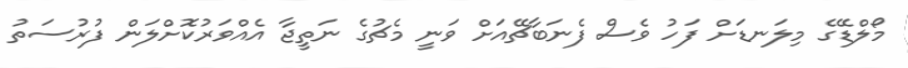
މޯލްޑޭގެ މިލަނޑަށް ފަހު ވެސް ފެނަބާޗޭއަށް ވަނީ މެޗުގެ ނަތީޖާ އެއްވަރުކޮށްލަން ފުރުސަތު